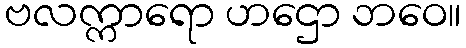
ဗလက္ကာရော ဟဌော ဘဝေ။